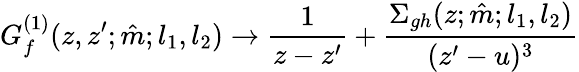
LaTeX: G_{f}^{(1)}(z,z^{\prime};\hat{m};l_{1},l_{2})\to\frac{1}{z-z^{\prime}}+\frac{\Sigma_{gh}(z;\hat{m};l_{1},l_{2})}{(z^{\prime}-u)^{3}}